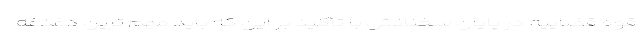
قوه قضاییه در پایان سخنانش با تأکید بر این که باید مهم ترین دغدغه